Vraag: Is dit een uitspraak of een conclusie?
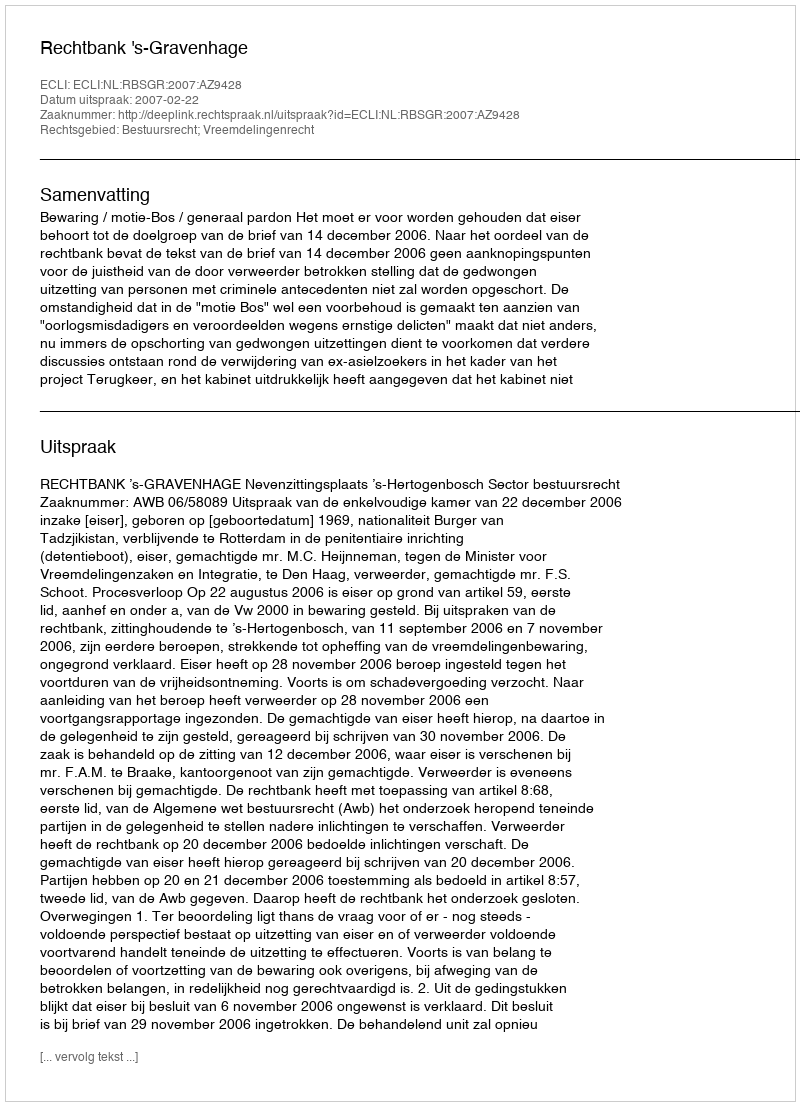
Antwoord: Uitspraak